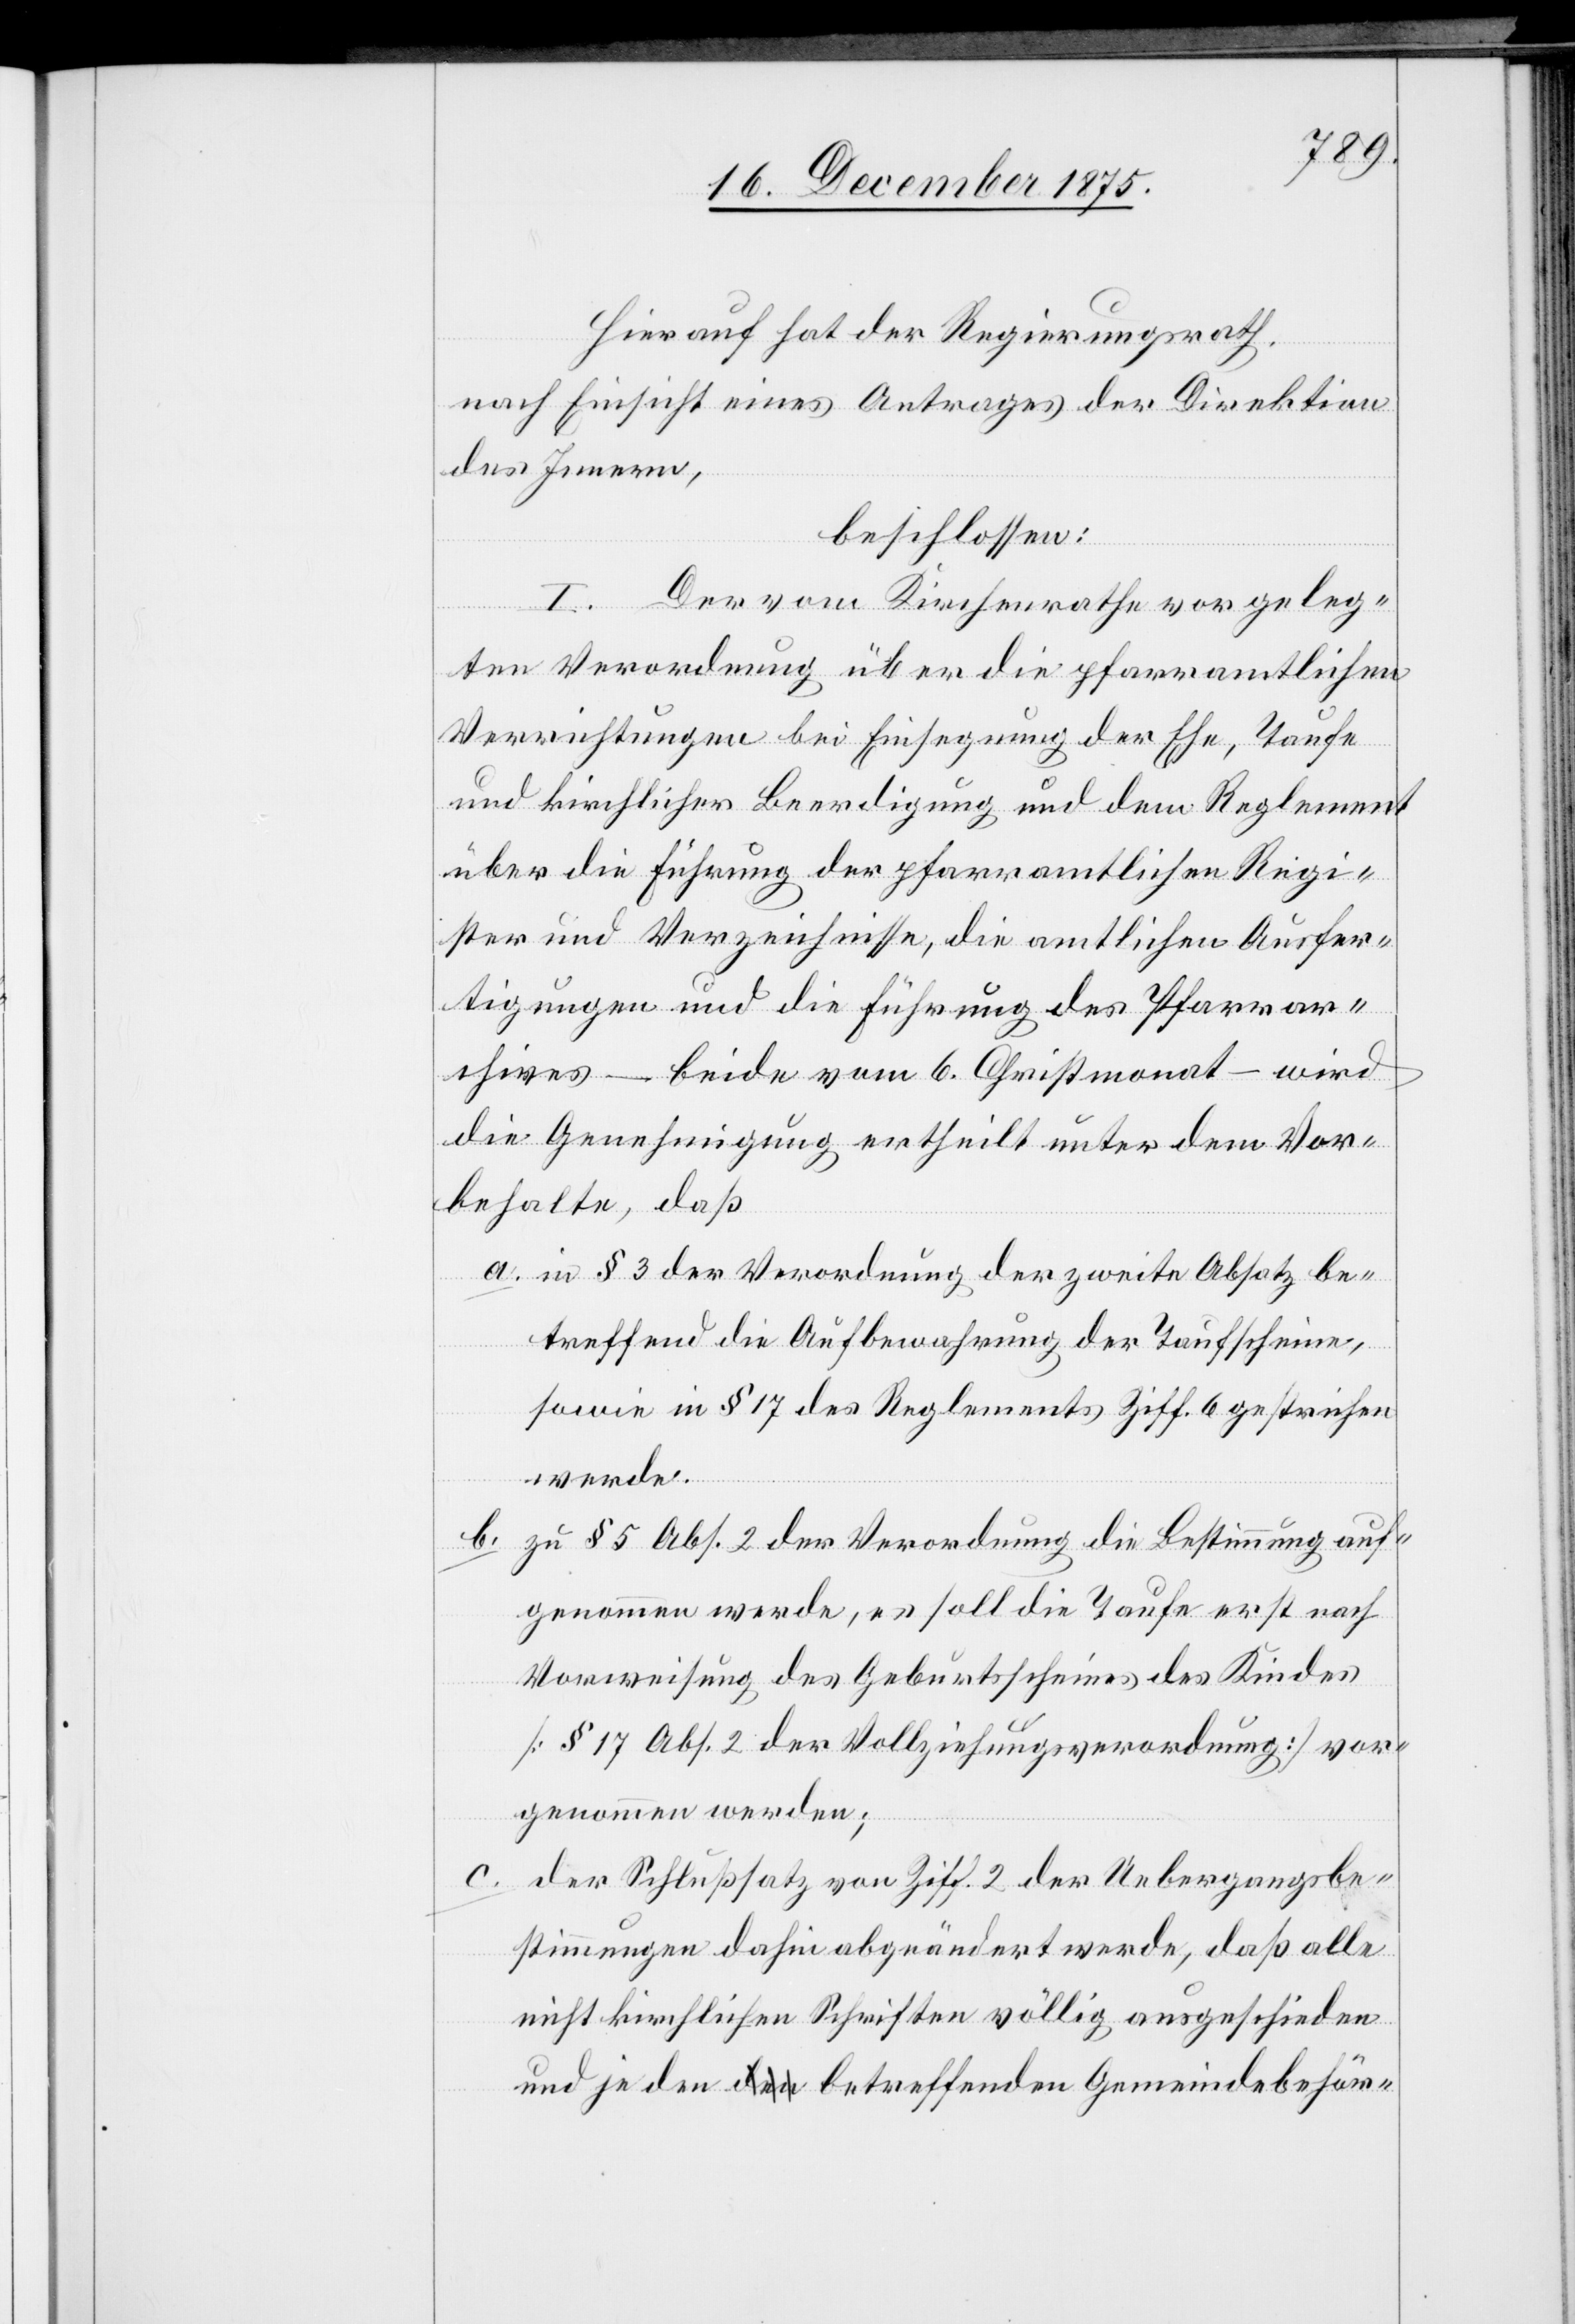
Hierauf hat der Regierungsrath,
nach Einsicht eines Antrages der Direktion
des Innern,
beschlossen:
I. Der vom Kirchenrathe vorgeleg¬
ten Verordnung über die pfarramtlichen
Verrichtungen bei Einsegnung der Ehe, Taufe
und kirchlicher Beerdigung und dem Reglement
über die Führung der pfarramtlichen Regi¬
ster und Verzeichnisse, die amtlichen Ausfer¬
tigungen und die Führung des Pfarrar¬
chives – beide vom 6. Christmonat – wird
die Genehmigung ertheilt unter dem Vor¬
behalte, daß
a. in § 3 der Verordnung der zweite Absatz be¬
treffend die Aufbewahrung der Taufscheine,
sowie in § 17 des Reglements Ziff. 6 gestrichen
werde.
b.
zu § 5 Abs. 2 der Verordnung die Bestimmung auf¬
genommen werde, es soll die Taufe erst nach
Vorweisung des Geburtsscheines des Kindes
[§ 17 Abs. 2 der Vollziehungsverordnung] vor¬
genommen werden;
der Schlußsatz von Ziff. 2 der Uebergangsbe¬
stimmungen dahin abgeändert werde, daß alle
nicht kirchlichen Schriften völlig ausgeschieden
und je den betreffenden Gemeindsbehör-